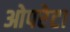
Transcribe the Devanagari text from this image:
ओपरेटा